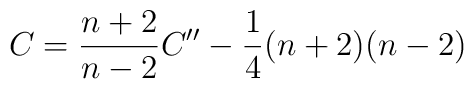
C = \frac{n+2}{n-2} C'' - \frac{1}{4}(n+2)(n-2)